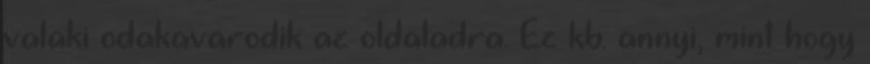
valaki odakavarodik az oldaladra. Ez kb. annyi, mint hogy